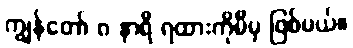
ကျွန်တော် ၈ နာရီ ရထားကိုမီမှ ဖြစ်မယ်။